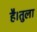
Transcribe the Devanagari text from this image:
है।तुला